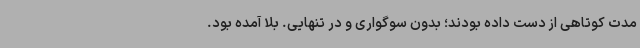
مدت کوتاهی از دست داده بودند؛ بدون سوگواری و در تنهایی. بلا آمده بود.